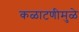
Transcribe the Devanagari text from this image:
कळाटणीमुळे